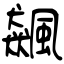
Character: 飆